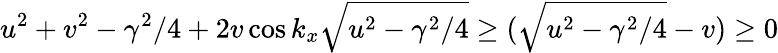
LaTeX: u^{2}+v^{2}-\gamma^{2}/4+2v\cos k_{x}\sqrt{u^{2}-\gamma^{2}/4}\geq(\sqrt{u^{2}-\gamma^{2}/4}-v)\geq 0